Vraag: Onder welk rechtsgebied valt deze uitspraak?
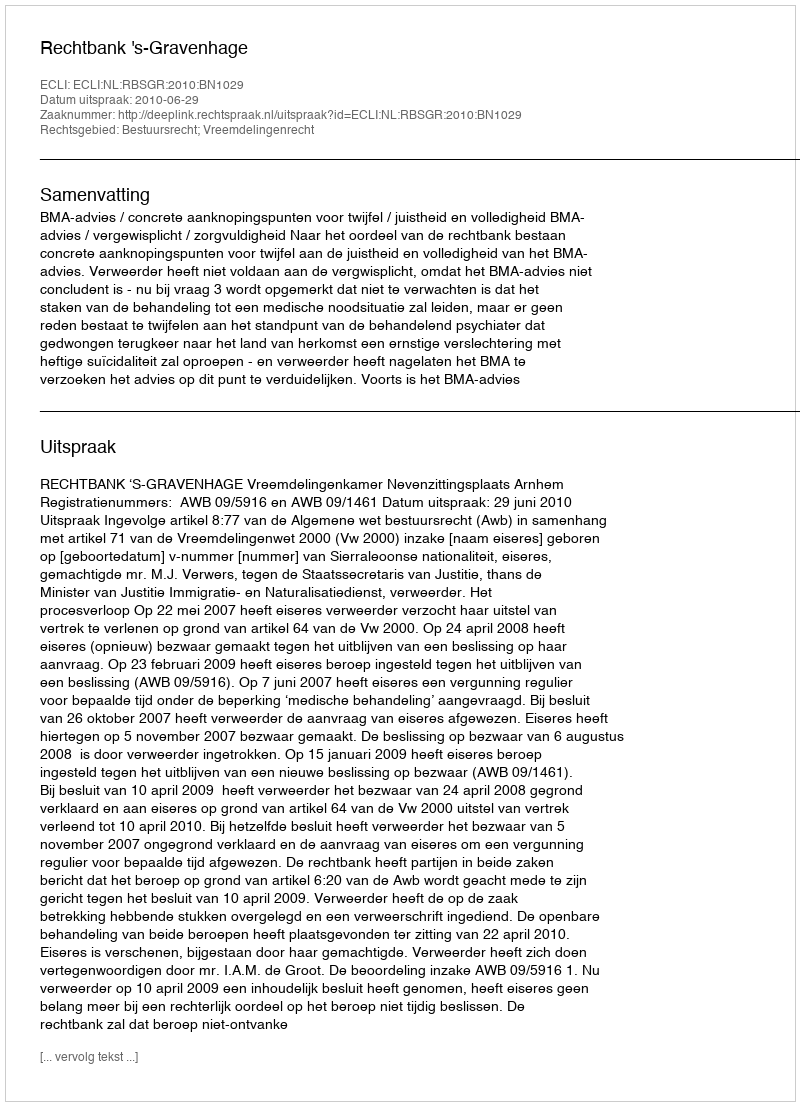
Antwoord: Bestuursrecht; Vreemdelingenrecht